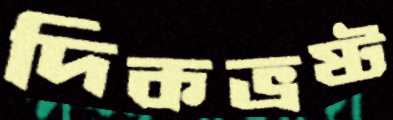
দিকভ্রষ্ট